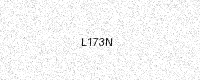
Text: L173N